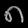
Digit: ၈